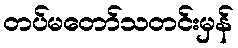
တပ်မတော်သတင်းမှန်